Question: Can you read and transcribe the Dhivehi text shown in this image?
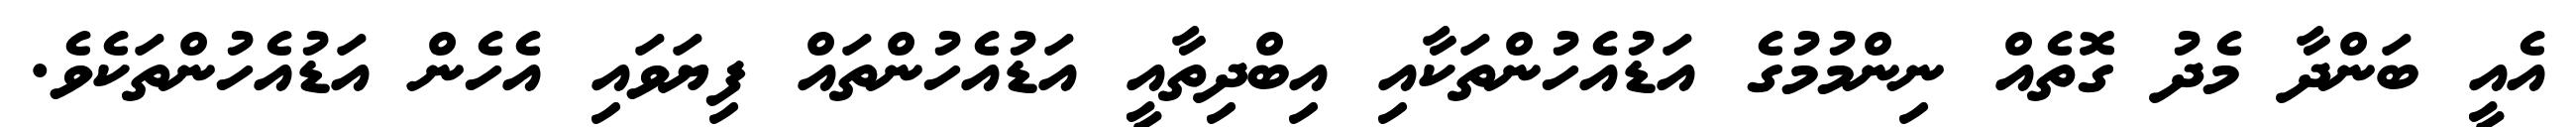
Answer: އެއީ ބަންދާ މެދު ގޮތެއް ނިންމުމުގެ އަޑުއެހުންތަކާއި އިބްދިތާއީ އަޑުއެހުންތައް ފިޔަވައި އެހެން އަޑުއެހުންތަކެވެ.